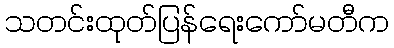
သတင်းထုတ်ပြန်ရေးကော်မတီက